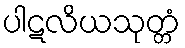
ပါဋလိယသုတ္တံ